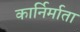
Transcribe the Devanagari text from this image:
कार्निर्माता